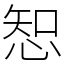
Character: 𢜔